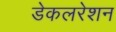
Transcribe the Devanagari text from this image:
डेकलरेशन